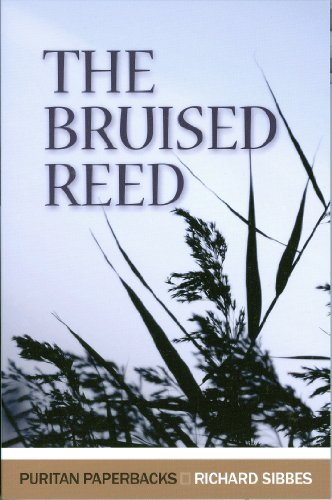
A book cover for The Bruised Reed (Puritan Paperbacks); Richard Sibbes; Christian Books & Bibles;